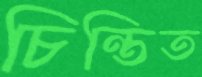
চিন্তিত